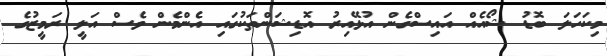
މިކަހަލަ ބޮޑު ޝޯއެއް އައިސްގެން އުޅޭއިރު އޮޑިޝަންތަކުގައި އެންމެން ވެސް އަލީ ރަމީޒުގެ